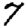
Digit: 7